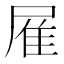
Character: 𨾈